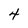
Character: 4